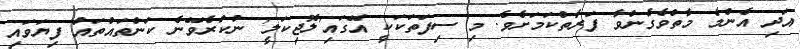
އަދި އެންމެ މާތްވެގެންވާ ފަރާތްކަމަށެވެ. މި ސިފަތަކަކީ އޭގައި'ލޮޖިކަލީ' ނުކުރެވޭނެ ކަންތައްތައް ފިޔަވައި